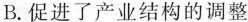
B.促进了产业结构的调整